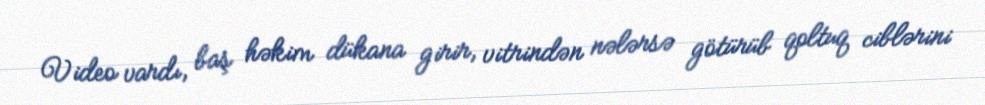
Video vardı, baş həkim dükana girir, vitrindən nələrsə götürüb qoltuq ciblərini